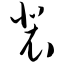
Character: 裴